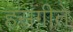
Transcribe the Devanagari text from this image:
हसंगीते